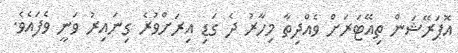
އޮޕަރޭޝަން ތިއޭޓަރަށް ވެއްދިތާ މިހާރު ދެ ގަޑި އިރަށްވުރެ ގިނައިރު ވަނީ ވެފައެވެ.